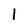
Character: 1